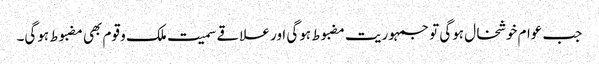
جب عوام خوشخال ہوگی تو جمہوریت مضبوط ہوگی اور علاقے سمیت ملک و قوم بھی مضبوط ہوگی۔